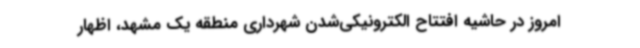
امروز در حاشیه افتتاح الکترونیکی‌شدن شهرداری منطقه یک مشهد، اظهار